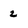
Character: 2